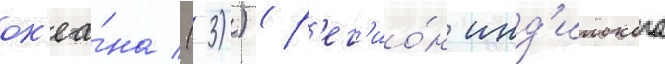
ок'еа́на (-33)) (р'ег'ио́н инд'ииского